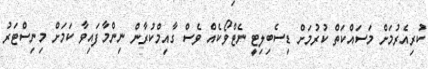
ކުރިއެރުމަށް މަސައްކަތް ކުރުމަށް ޑިސެބިލިޓީ ނެޓްވޯކެއް ވެސް ގާއިމްކުރާން ނިންމާފައިވާ ކަމަށް މިނިސްޓަރު